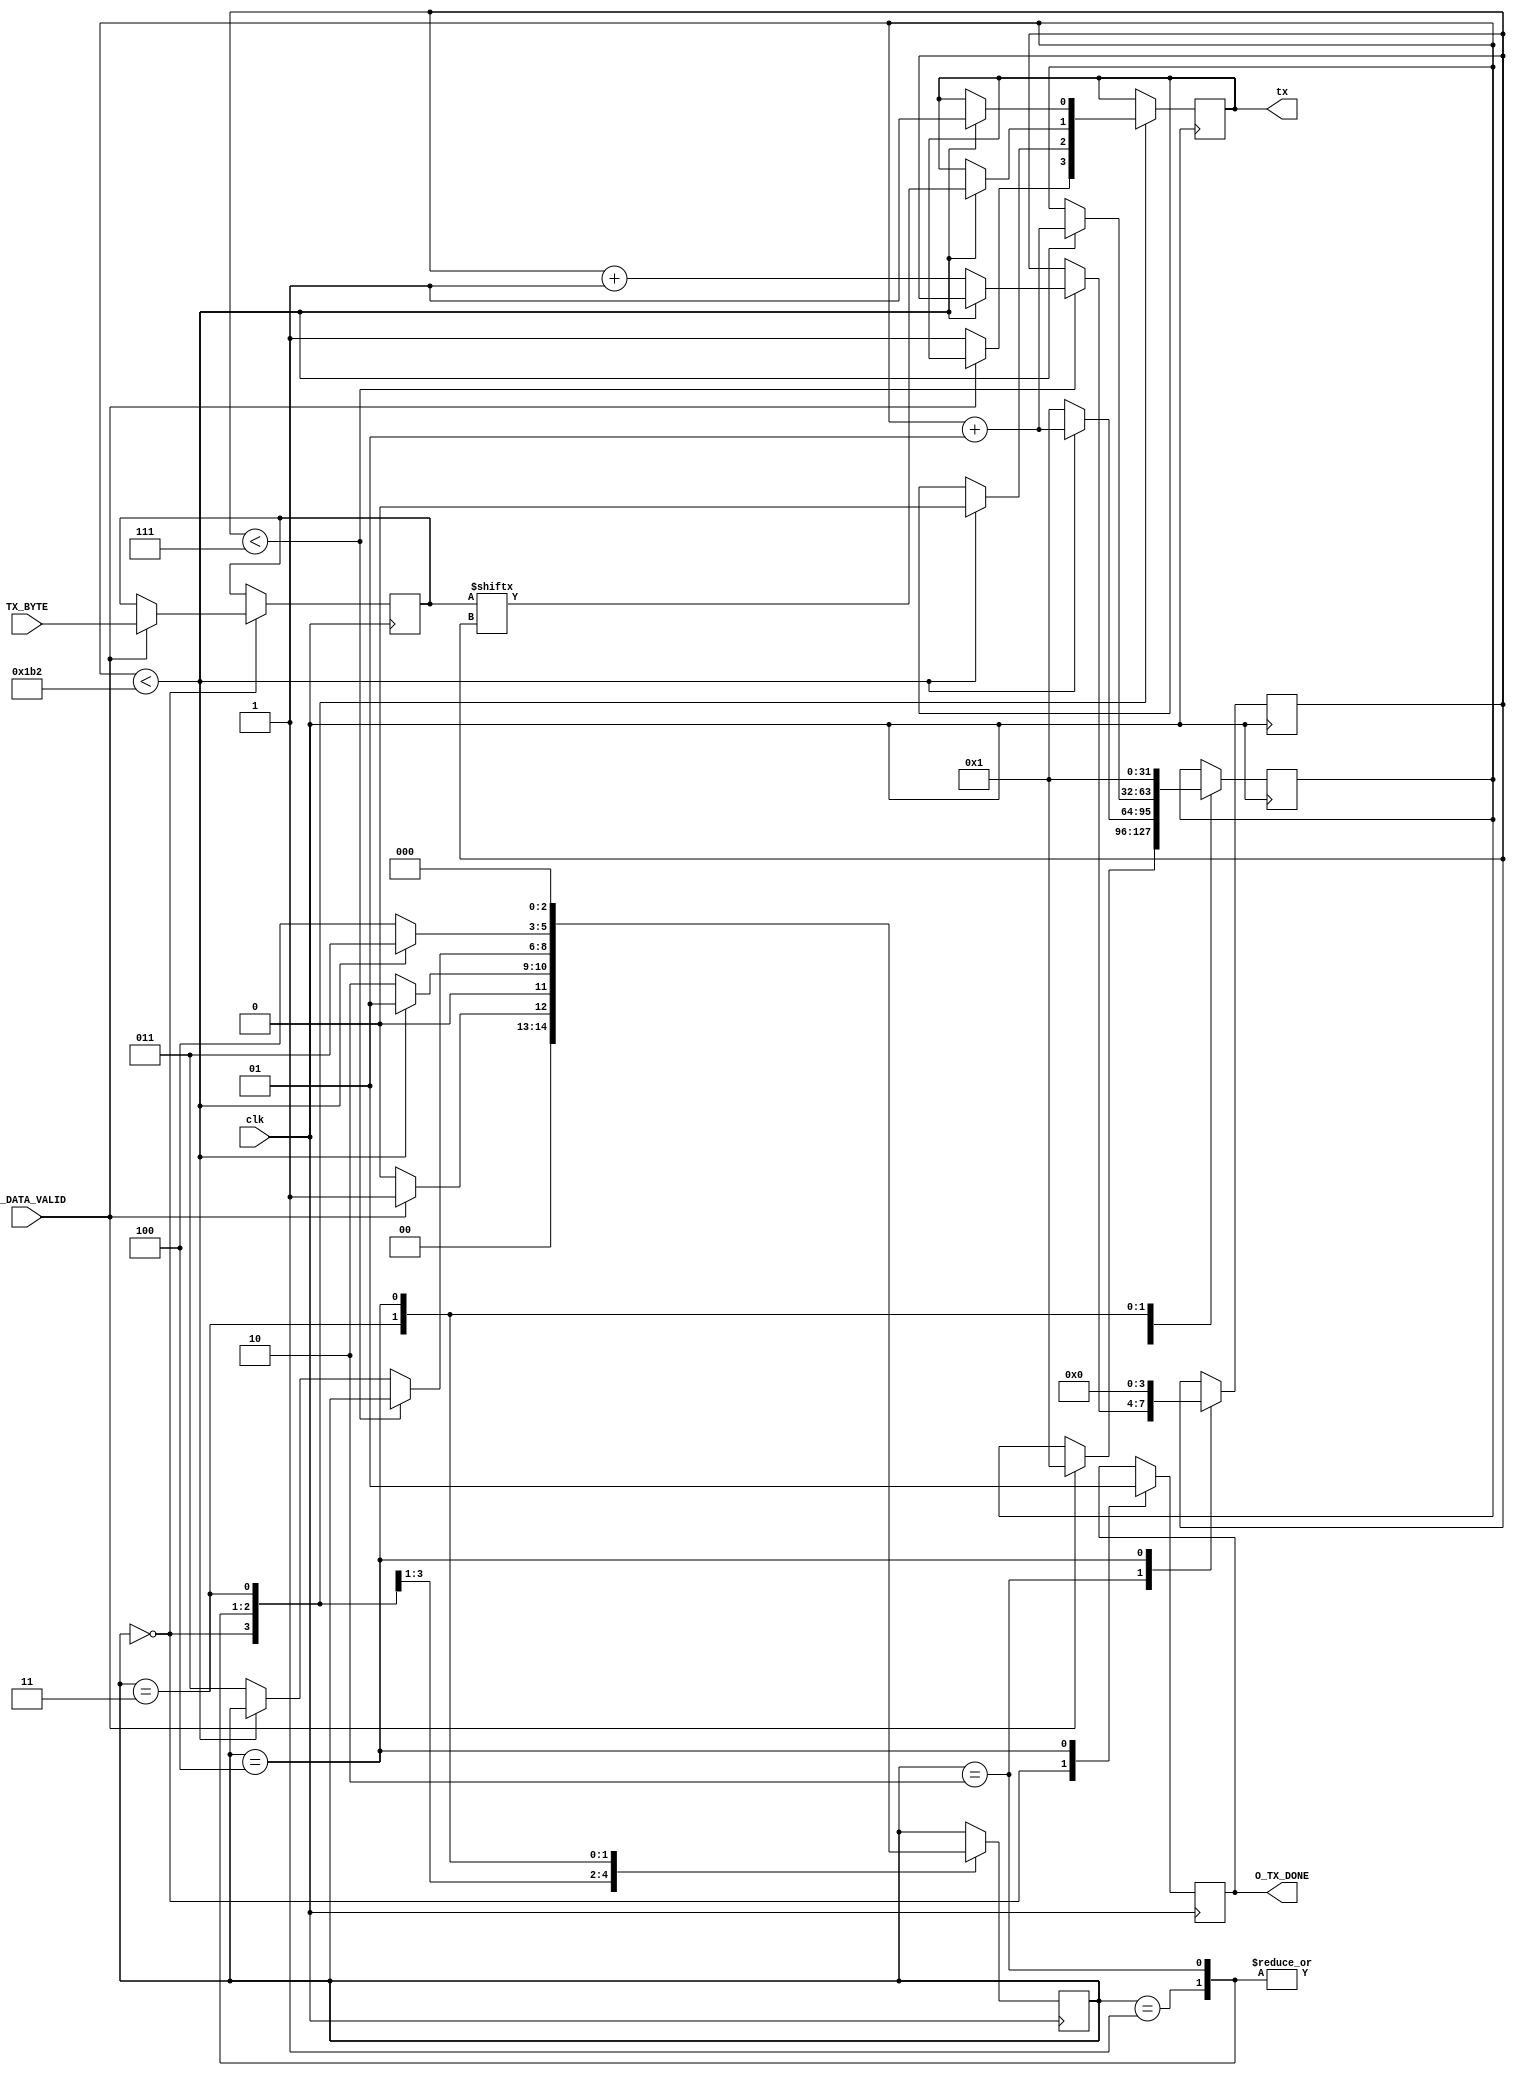

//////////////////DO NOT MAKE ANY CHANGES IN MODULE///////////////////////////////
module uart(

		input clk,	          //Clock input
		input TX_DATA_VALID,		//Input Bitstream  	
		input [7:0] TX_BYTE,
		
		output tx,		
	   output O_TX_DONE
);


	// different states	
	parameter	IDLE = 3'b000,          
					TX_START_BIT = 3'b001,
					TX_DATA_BITS = 3'b010,
					TX_STOP_BIT = 3'b011,
					CLEANUP = 3'b100;

	// variables to assign values during code				
	reg r_tx_serial = 1;		
	reg r_tx_done = 0;
	
	reg [3:0] Bit_Index = 0;        
	reg [2:0] current_state = IDLE;  
	
	reg [7:0] r_tx_byte;
	
	integer counter = 1;   // to count cycles to wait 
	integer wait_count = 434;  // this many cycles to wait
	
	

	
	// assigining output
	assign tx = r_tx_serial;		
	assign O_TX_DONE = r_tx_done;
	
	
	always@(posedge clk)
	begin
		
		case(current_state)
		
		IDLE:
		begin
			if (TX_DATA_VALID )
			begin
				current_state <= TX_START_BIT;
				counter <= 1;
				r_tx_byte <= TX_BYTE;
				r_tx_done <= 0;
			end 
			
			else 
			begin 
				current_state <= IDLE;
				r_tx_serial <= 1;
				r_tx_done <= 0;
			end
		end
				
		TX_START_BIT:
		begin
			   
			if (counter < wait_count)
			begin
				r_tx_serial <= 0;
				current_state <= TX_START_BIT;
				counter <= counter + 1;	
			end 
			
			else 
			begin
				counter <= 1;
			   current_state <= TX_DATA_BITS;	
			end
		end
				
		TX_DATA_BITS:
		begin	
			 
			if(Bit_Index < 7)
			begin
				if(counter < wait_count)
				begin
					r_tx_serial <= r_tx_byte[Bit_Index] ;
					counter <= counter + 1;
				end
				
				else
				begin
					counter = 1;
					Bit_Index <= Bit_Index + 1;
				end
				
				
			end
			
			else
			begin
				if(counter < wait_count)
				begin
					r_tx_serial <= r_tx_byte[Bit_Index] ;
					counter <= counter + 1;
				end
				
				else
				begin
					counter = 1;
					current_state <= TX_STOP_BIT;
				end
				
			end
					
		end
				
		TX_STOP_BIT:
		begin
			
			if (counter < wait_count)
			begin
				r_tx_serial <= 1;
			   current_state <= TX_STOP_BIT;
				counter <= counter + 1;
			end 
			
			else 
			begin
				current_state <= CLEANUP;
			end
		end
				
		CLEANUP:
		begin
			counter <= 1;
			r_tx_done <= 1;
			current_state <= IDLE;
			Bit_Index <= 0;   
		end
		
		endcase
	end

endmodule
///////////////////////////////MODULE ENDS///////////////////////////